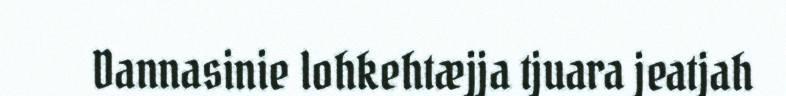
Dannasinie lohkehtæjja tjuara jeatjah